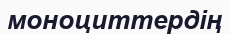
моноциттердің